King Institute of Preventive Medicine Micro-Biological Section reports 1909-11
Year: 1909
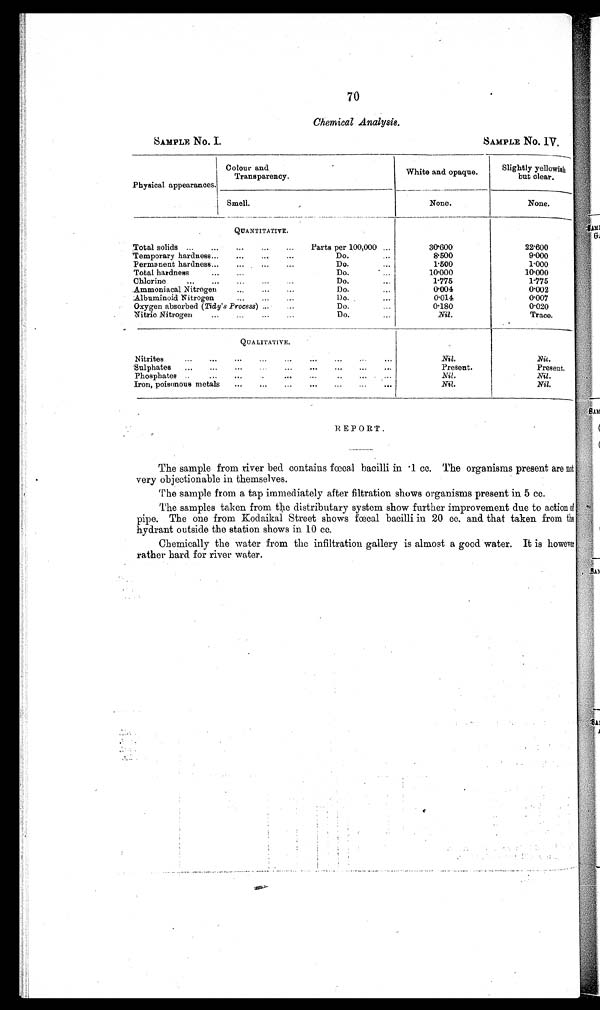
70
Chemical Analysis.
SAMPLE No. I'
SAMPLE NO. IV.
Physical appearances.
Colour and
T r a n s p a r e n c y .
---
----
Slightly yellowish
but clear.
White and opaque.
______
N o n e .
22.600
9.000
1.000
10.000
1.775
0.002
0.007
0.020
Trace
I S m e l l .
N o n e .
30.600
10.000
0.004
0.014
0.180
QUANTITATIVE'
Total solids ...
.'.
..'
...
...
Parts per 100,000 ...
Temporary hardness.'.
..'
...
Do....
Permanent hardness...
...
...
Do. ...
Total hardness
.''
...
Do'
...
Chlorine
'''
...
Do. ...
...
Ammoniacal Nitrogen
.'.
...
...
1)o. ...
Albuminoid Nitrogen
...
...
Do. ...
Oxygen absorbed (Tidy's Process) .'.
...
Do.
..
Nitric Nitrogen
.'.
...Do ... ..Do'.
...
QUA LITATIVE.
Nitrites
''
'Sulphates
..'
„,
',
.
•••
..•
••
Phosphates ..
...
.'.
•••
•••
..
•••
Iron, poisonous metals
''.
..'
...
'.'
...
.
•••
Nil.
Present.
Nil.
Nil.
.
N i t .
Present.
N i l .
N i l .
REPORT'
The sample from river bed contains fœcal bacilli in 1 cc' The organisms present are not
very objectionable in themselves.
The sample from a tap immediately after filtration shows organisms present in 5 cc.
The samples taken from the distributary system show further improvement due to action of
pipe' The one from Kodaikal Street shows fœcal bacilli in 20 cc' and that taken from the
hydrant outside the station shows in 10 cc'
Chemically the water from the infiltration gallery is almost a good. water. It is however
rather hard for river water.